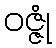
ဝဇ္ဇုံ